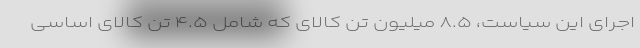
اجرای این سیاست، ۸.۵ میلیون تُن کالای که شامل ۴.۵ تُن کالای اساسی